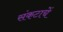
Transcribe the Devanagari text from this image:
संकटाचें